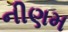
નીણમ